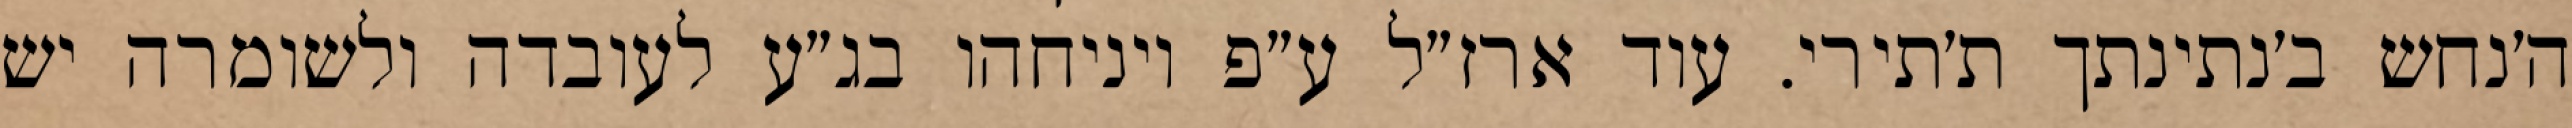
ה׳נחש ב׳נתינתך ת׳תירי. עוד ארז״ל ע״פ ויניחהו בג״ע לעובדה ולשומרה יש